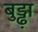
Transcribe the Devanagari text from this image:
बुड्ढ़ा